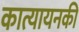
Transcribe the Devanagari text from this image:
कात्यायनकी